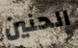
الحنين